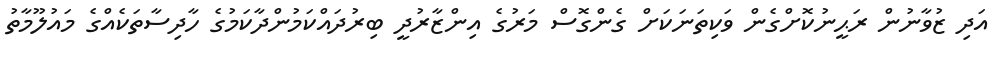
އަދި ޒުވާނުން ރަޙީނުކޮށްގެން ވަކިތަނަކަށް ގެންގޮސް މަރުގެ އިންޒާރުދީ ބިރުދައްކަމުންދާކަމުގެ ހާދިސާތަކެއްގެ މައުލޫމާތު